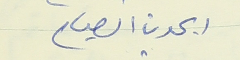
ريمون الصياح